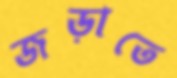
জড়াতে